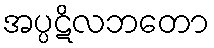
အပ္ပဋိလဘတော